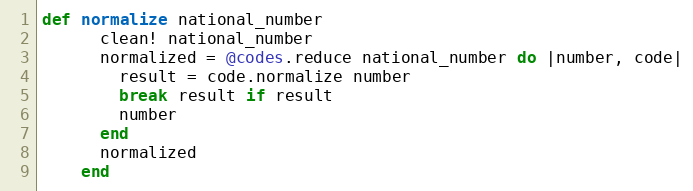
Language: Ruby
def normalize national_number
      clean! national_number
      normalized = @codes.reduce national_number do |number, code|
        result = code.normalize number
        break result if result
        number
      end
      normalized
    end